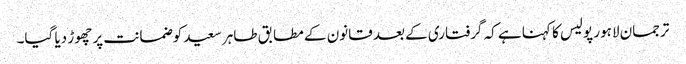
ترجمان لاہور پولیس کا کہنا ہے کہ گرفتاری کے بعد قانون کے مطابق طاہر سعید کوضمانت پر چھوڑ دیا گیا۔